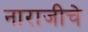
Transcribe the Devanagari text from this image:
नाराजीचे